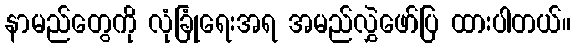
နာမည်တွေကို လုံခြုံရေးအရ အမည်လွှဲဖော်ပြ ထားပါတယ်။